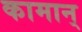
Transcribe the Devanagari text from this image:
कामान्